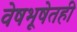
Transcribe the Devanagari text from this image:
वेषभूषेतही